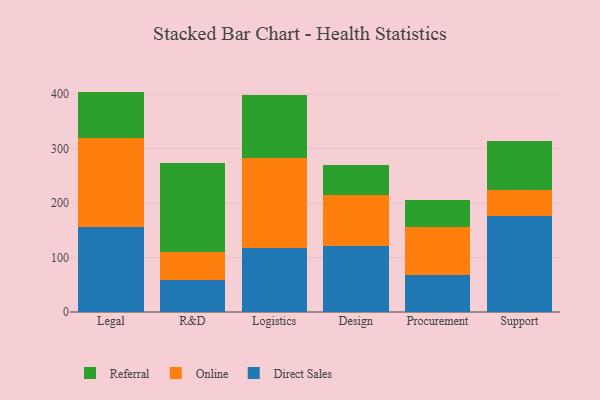
{"axis": {"x": "Department", "y": "Inventory Turnover"}, "legend": ["Direct Sales", "Online", "Referral"], "data": [{"x": "Legal", "y": 155.2, "type": "Direct Sales"}, {"x": "Legal", "y": 164.9, "type": "Online"}, {"x": "Legal", "y": 84.3, "type": "Referral"}, {"x": "R&D", "y": 59.6, "type": "Direct Sales"}, {"x": "R&D", "y": 51.1, "type": "Online"}, {"x": "R&D", "y": 163.4, "type": "Referral"}, {"x": "Logistics", "y": 116.7, "type": "Direct Sales"}, {"x": "Logistics", "y": 166.7, "type": "Online"}, {"x": "Logistics", "y": 115.4, "type": "Referral"}, {"x": "Design", "y": 121.1, "type": "Direct Sales"}, {"x": "Design", "y": 92.8, "type": "Online"}, {"x": "Design", "y": 55.0, "type": "Referral"}, {"x": "Procurement", "y": 68.2, "type": "Direct Sales"}, {"x": "Procurement", "y": 88.4, "type": "Online"}, {"x": "Procurement", "y": 48.3, "type": "Referral"}, {"x": "Support", "y": 176.6, "type": "Direct Sales"}, {"x": "Support", "y": 47.3, "type": "Online"}, {"x": "Support", "y": 89.4, "type": "Referral"}]}